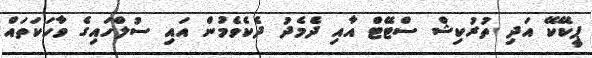
ޕީކޭކޭ އަދި ތުރުކިޝް ސްޓޭޓް އާއި ދެމެދު ދެކެވެމުން އައި ސުލްހައިގެ ވާހަކަތައް